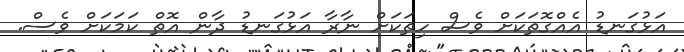
އަޅުގަނޑު އެއްގޮތަކަށް ވެސް ހިތަކަށް ނާރާ އަޅުގަނޑު ދާން އޮތް ކަމަކަށް ވެސް.